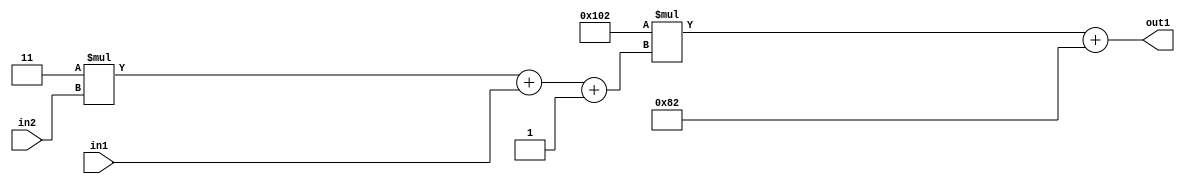
`timescale 1ps / 1ps
/*****************************************************************************
    Verilog RTL Description
    
    
    Created by: Stratus DpOpt 2019.1.01 
*******************************************************************************/

module DC_Filter_Add2i130Mul2i258Add3i1u1Mul2i3u2_4 (
	in2,
	in1,
	out1
	); /* architecture "behavioural" */ 
input [1:0] in2;
input  in1;
output [11:0] out1;
wire [11:0] asc001;
wire [3:0] asc002;

wire [3:0] asc002_tmp_0;
wire [3:0] asc002_tmp_1;
assign asc002_tmp_1 = 
	+(4'B0011 * in2);
assign asc002_tmp_0 = asc002_tmp_1
	+(in1);
assign asc002 = asc002_tmp_0
	+(4'B0001);

wire [11:0] asc001_tmp_2;
assign asc001_tmp_2 = 
	+(12'B000100000010 * asc002);
assign asc001 = asc001_tmp_2
	+(12'B000010000010);

assign out1 = asc001;
endmodule

/* CADENCE  vrP4Tw8= : u9/ySgnWtBlWxVPRXgAZ4Og= ** DO NOT EDIT THIS LINE ******/